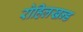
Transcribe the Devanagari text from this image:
रोहिलखन्ड